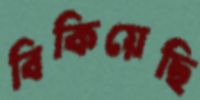
বিকিয়েছি